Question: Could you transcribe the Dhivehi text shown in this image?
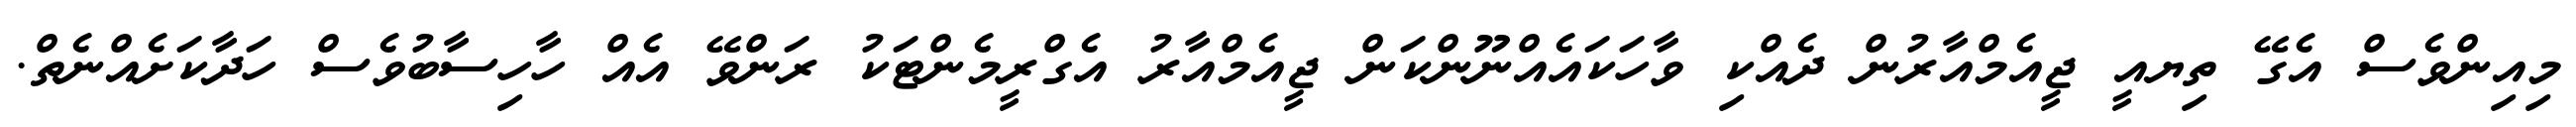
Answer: މިއިންވެސް އެގޭ ތިޔއީ ޖީއެމްއާރުން ދެއްކި ވާހަކައެއްނޫންކަން ޖީއެމްއާރު އެގްރީމެންޓަކު ރަންވޭ އެއް ހާހިސާބުވެސް ހަދާކަށެއްނެތް.